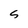
Character: s